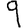
Digit: 9